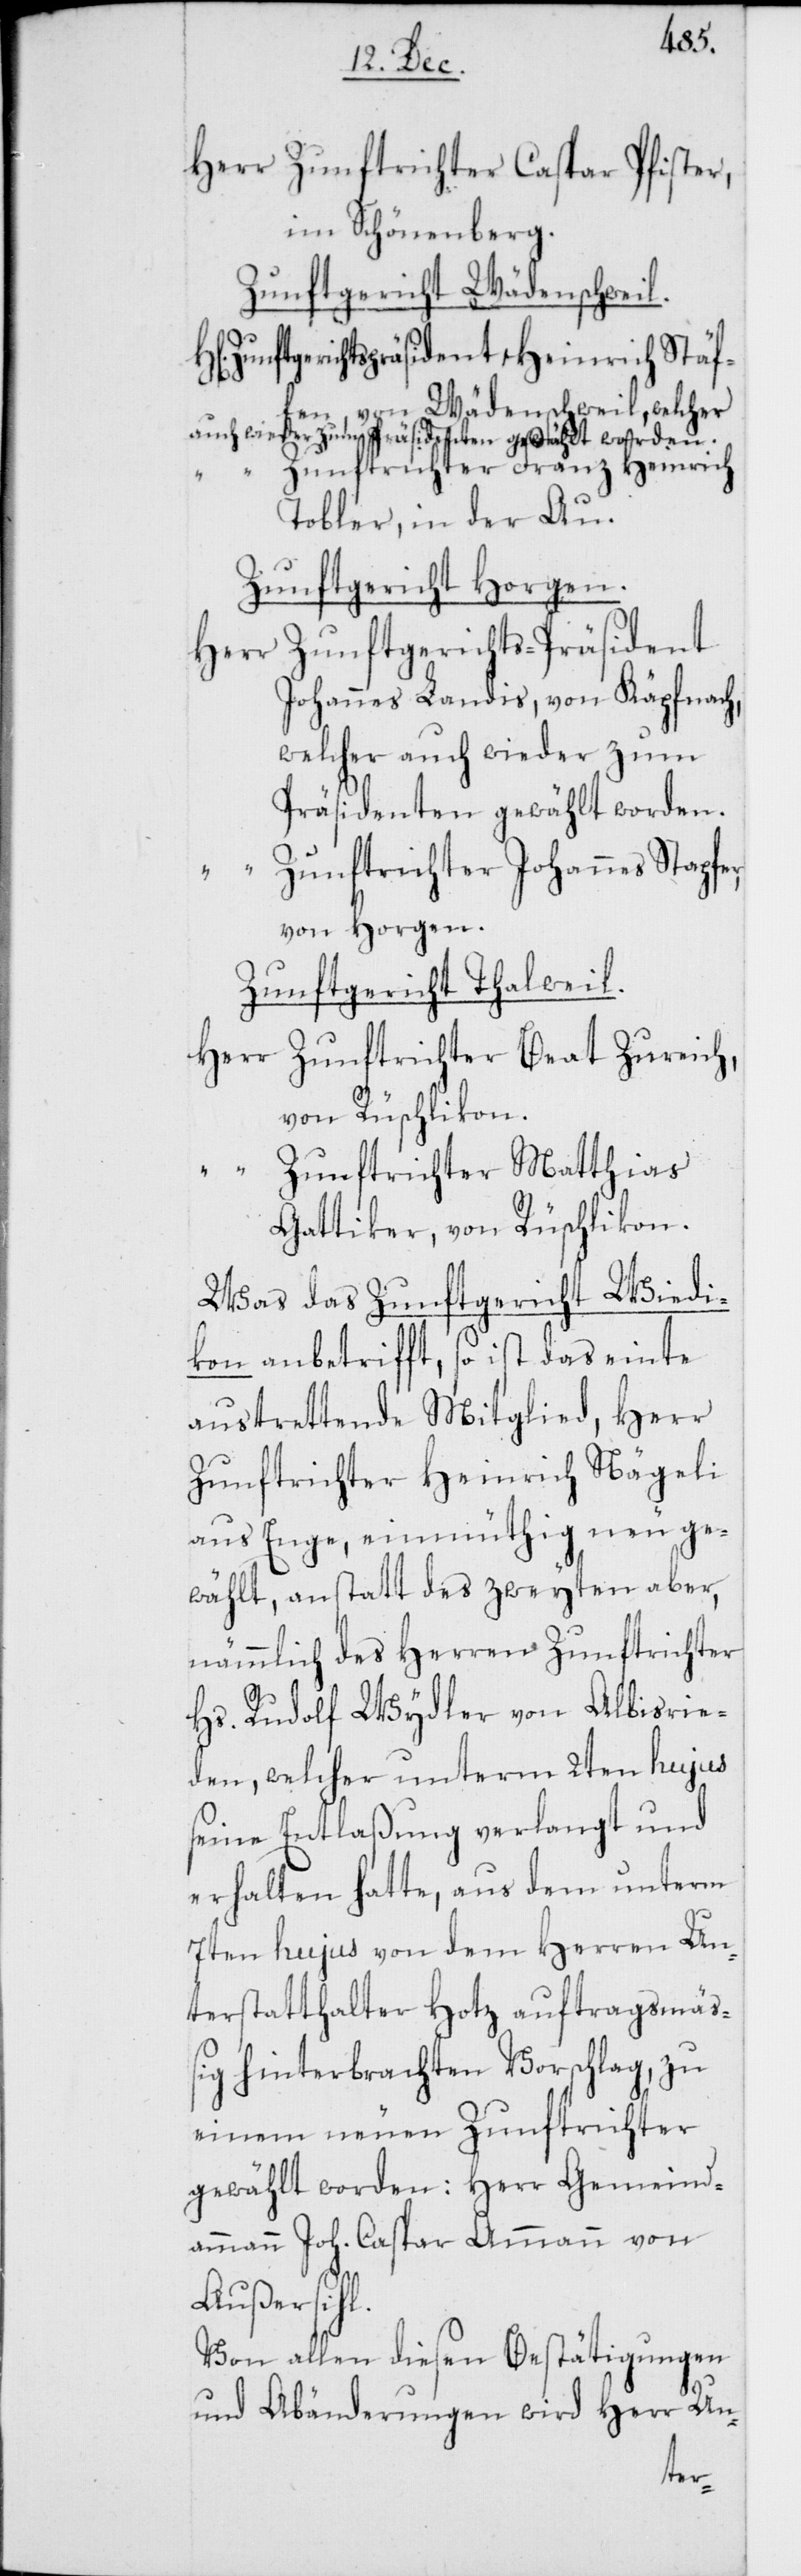
Herr Zunftrichter Caspar Pfister,
im Schönenberg.
Zunftgericht Wädenschweil.
nftgerichtspräsident Heinrich Stäf¬
auch
fen, von Wädenschweil, welcher
“ Zunftrichter Franz Heinrich
Tobler, in der Au.
Zunftgericht Horgen.
Herr Zunftgerichts-Präsident
Johannes Landis, von Käpfnach,
welcher auch wieder zum
Präsidenten gewählt worden.
“
Zunftrichter Johannes Stapfe¬
r,
von Horgen.
Zunftgericht Thalweil.
Herr Zunftrichter Beat Zureich,
von Rüschlikon.
“ Zunftrichter Matthias
Gattiker, von Rüschlikon.
Was das Zunftgericht Wiedi¬
kon anbetrifft, so ist das einte
austrettende Mitglied, Herr
Zunftrichter Heinrich Nägeli
aus Enge, einmüthig neu ge¬
wählt, anstatt des zweyten aber,
nämmlich des Herren Zunftrichter
Hs. Rudolf Wydler von Albisrie¬
den, welcher unterm 2ten hujus
seine Entlaßung verlangt und
erhalten hatte, aus dem unterm
7ten hujus von dem Herren Un¬
terstatthalter Hotz auftragsmäß¬
ig hinterbrachten Vorschlag, zu
einem neuen Zunftrichter
gewählt worden: Herr Gemeind¬
ammann Joh. Caspar Ammann von
Außersihl.
Von allen diesen Bestätigungen
und Abänderungen wird Herr Un-